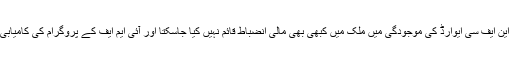
یہ بات اب بالکل عیاں ہے کہ موجودہ این ایف سی ایوارڈ کی موجودگی میں ملک میں کبھی بھی مالی انضباط قائم نہیں کیا جاسکتا اور آئی ایم ایف کے پروگرام کی کامیابی صرف ایک ادھورا خواب ثابت ہوگی۔